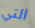
التي